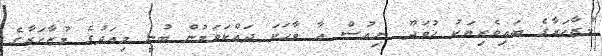
މުޒާހަރާގެ ބައިވެރިޔަކު ހުވަދޫ ނިއުސް އާ ވާހަކަ ދައްކަވަމުން ބުނީ މިއަދުގެ މުޒާހަރާގެ